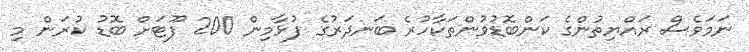
ނަމަވެސް ރައްޔިތުންގެ ކަންބޮޑުވުންތަކާހުރެ ބަނދަރުގެ ފުޅާމިން 200 ފޫޓަށް ބޮޑު ކުރަން މި